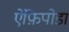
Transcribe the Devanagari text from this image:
ऐंफ़िपोडा